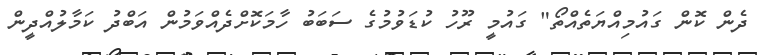
ދެން ކޮން ގައުމިއްޔަތެއްތޯ" ގައުމީ ރޫހު ކުޑަވުމުގެ ސަބަބު ހާމަކޮށްދެއްވަމުން އަބްދު ކަމާލުއްދީން